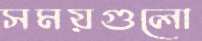
সময়গুলো